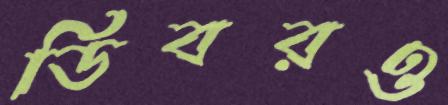
ডিবরও